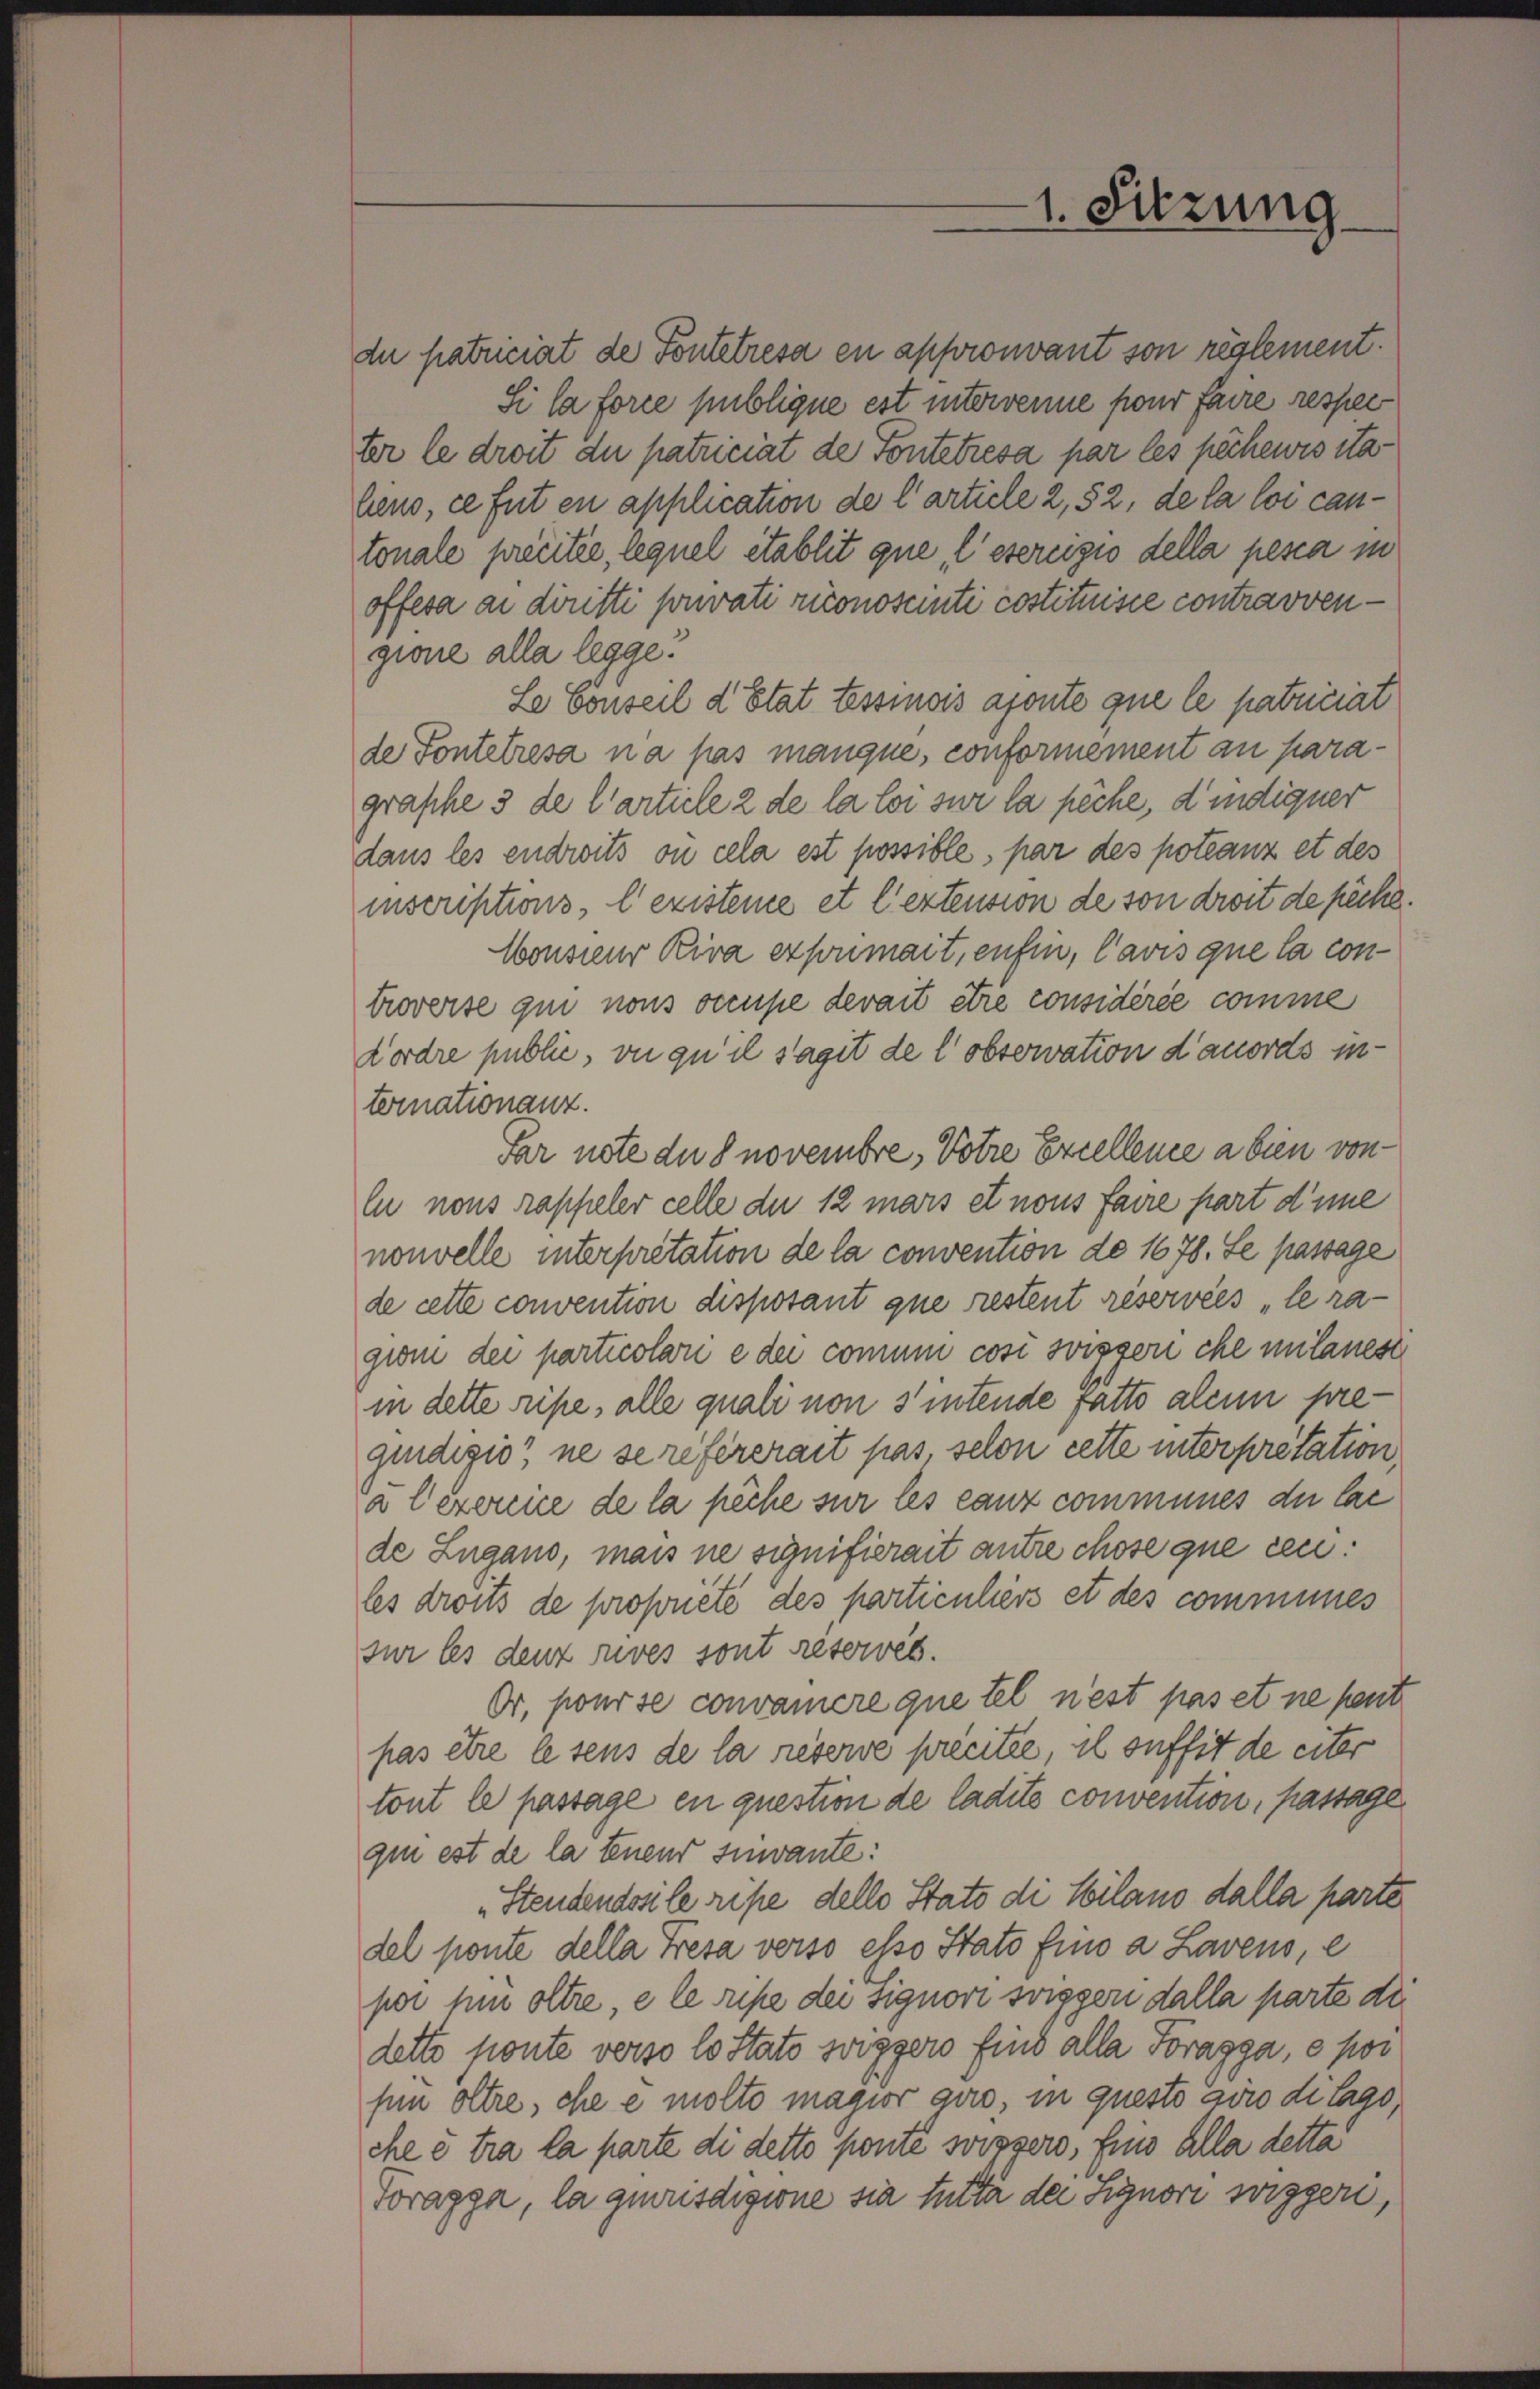
1. Sitzung

gione alla legge.
Le Conseil d’Etat tessinois aponte que le patriciat
de Fontelresa na pas manque, conformement au paragraphe 3 de l’article 2 de la loi sur la pêche, d’indiquer
dans les endrits ou cela est possible, par des poteanz et des
inscriptions, l’existeme et l’extension de von droit de peche.
Consieur Kira exponmait, enfin, Cavis que la controverse qui nons occupe devait être considérée comme
dordre public, ou qu il s’agit de l’observation dauords internationanz.
Par note du S novembre. Votre Excellence a bien von
lu nous rappeler celle du 12 mars et nous faire part dene
nouvelle interpretation de la convention do 1678. Le passage
de cette convention disposant que restent réservées „le ra-
giom der particolari e der comme cosi soisseri che unlauest
in dette ripe, alle quali von 3' intende fatto alcun pregindigio“ ne se refererait pas, selon cette interpretation
à l’exercice de la pêche sur les ganz communes der lac
de Lugano, mais ne signifierait antre chose que ceu
les droits de propriété des particuliers et des communes
sur les denz zuves sont reservés.
Or, pour se convamere que tel nest pas et ne peut
pas être lesens de la reserve precitée, il suffit de eiter
tont le passage en question de ladito convention, passage
qun est de la tenend sinvante:
Stendendosi le ripe delle Stato di Seilano dalla parte
del ponte della Fresa verso esso Stato fino a Lavens, e
por hin oltre, e le ripe dei Signori soigger dalla parte die
detto ponte verso lo stato swiggers find alla Poragga, o por
fün oltre, che e molto magior aus, in questo avro di tago,
chee tra la parte di detto ponte soisser, für alla detta
Toragga, la geweisdigione sie tutti der Signori suigger,

due patriciat de Pontetresa en approuvant son reglement.
Si la force publique est intervenne pour faire respec
ter le droit die patriciat de Fontetresa par les pèchewis italens, ce fut en application de l’article 2, 52, de la loi cantonale precitée, lequel établit que, l’esercizio della pesca in
offesa an diritti sonvati riconoscinti costituisce contravven¬